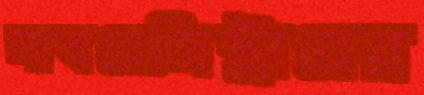
সাবরেজিস্ট্রারের